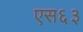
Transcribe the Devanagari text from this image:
एस६३